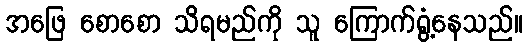
အဖြေ စောစော သိရမည်ကို သူ ကြောက်ရွံ့နေသည်။